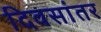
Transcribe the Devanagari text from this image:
दिवसांतर